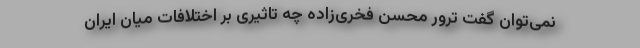
نمی‌توان گفت ترور محسن فخری‌زاده چه تاثیری بر اختلافات میان ایران